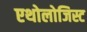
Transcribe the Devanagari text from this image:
एथोलोजिस्ट